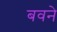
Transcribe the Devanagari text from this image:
बवने